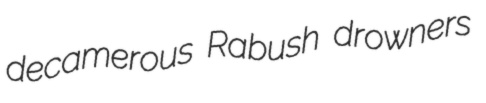
decamerous Rabush drowners